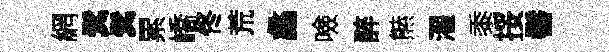
網鬂鬂累嶠佟荒蠡噞醉㷱濯黍挼髻